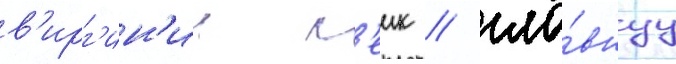
в'ирг'ин'ии л'еик / гла́внуу